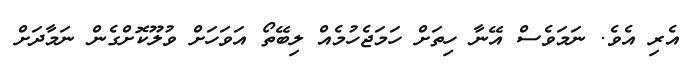
އެރި އެވެ. ނަމަވެސް އޭނާ ހިތަށް ހަމަޖެހުމެއް ލިބޭތޯ އަވަހަށް ވުލޫކޮށްގެން ނަމާދަށް